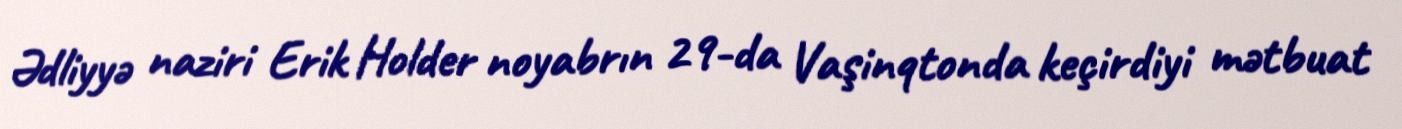
Ədliyyə naziri Erik Holder noyabrın 29-da Vaşinqtonda keçirdiyi mətbuat